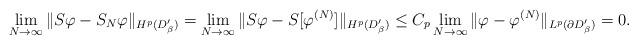
LaTeX: \begin{align*} \lim_{N\to\infty}\|S\varphi-S_N \varphi\|_{H^p(D'_\beta)}&=\lim_{N\to\infty}\|S\varphi-S[\varphi^{(N)}]\|_{H^p(D'_\beta)}\leq C_p \lim_{N\to\infty}\|\varphi-\varphi^{(N)}\|_{L^p(\partial D'_\beta)}= 0.\end{align*}